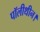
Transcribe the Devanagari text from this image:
पॉलीथीन।